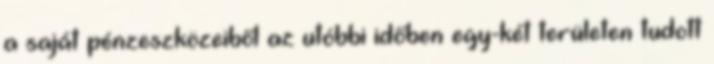
a saját pénzeszközeiből az utóbbi időben egy-két területen tudott